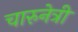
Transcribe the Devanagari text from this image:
चारुनेत्री